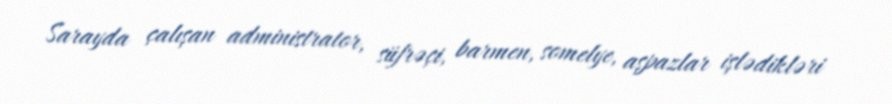
Sarayda çalışan administrator, süfrəçi, barmen, somelye, aşpazlar işlədikləri